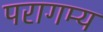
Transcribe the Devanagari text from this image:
परागम्य